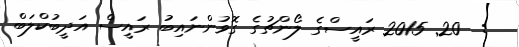
:  20